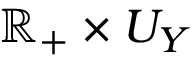
\mathbb { R } _ { + } \times U _ { Y }